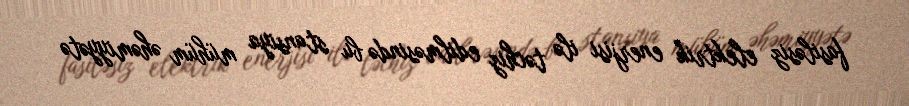
fasiləsiz elektrik enerjisi ilə təchiz edilməsində bu stansiya mühüm əhəmiyyətə